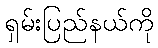
ရှမ်းပြည်နယ်ကို